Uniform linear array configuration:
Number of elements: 64
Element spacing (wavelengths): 0.75
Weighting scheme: cosine
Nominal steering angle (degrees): -60
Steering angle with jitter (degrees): -58.078
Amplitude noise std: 0.05
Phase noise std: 0.05

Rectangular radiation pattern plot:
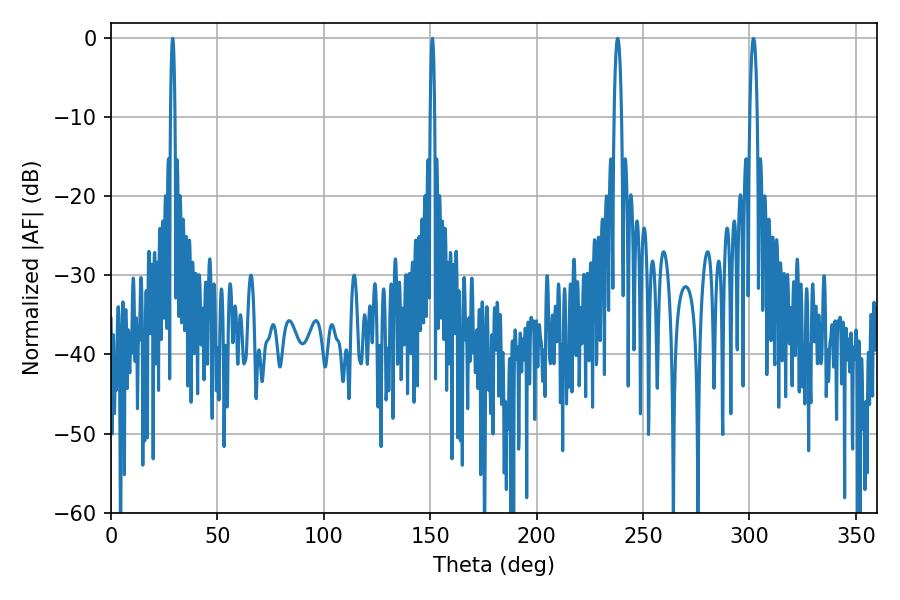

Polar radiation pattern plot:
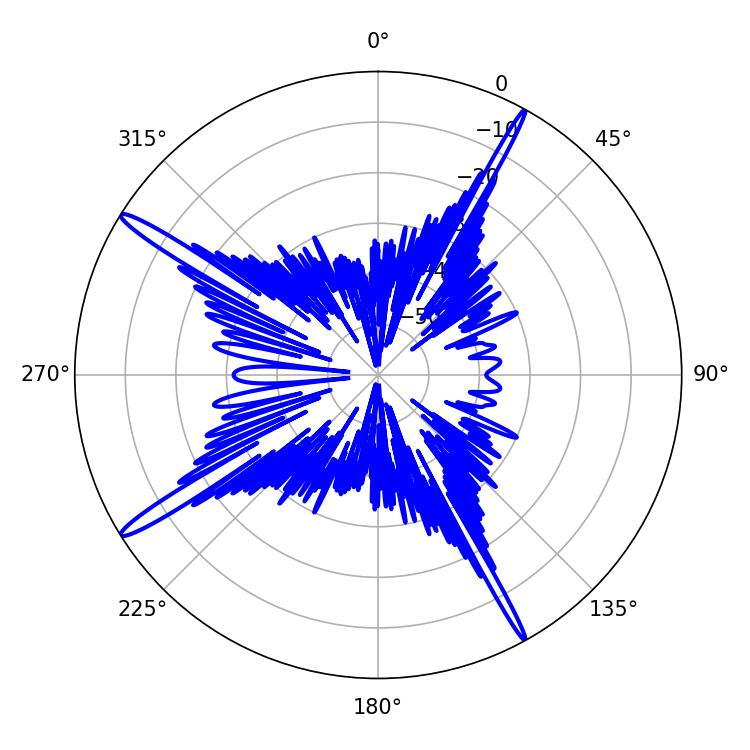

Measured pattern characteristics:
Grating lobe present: TRUE
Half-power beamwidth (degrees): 1.08
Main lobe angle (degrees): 28.98